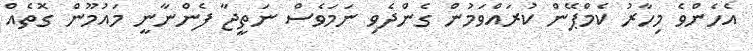
އެހެންވެ މިހާރު ކެމްޕޭން ކުރައްވަމުން ގެންދެވި ނަމަވެސް ނަތީޖާ ފެންނާނީ މައުމޫން ގޮތެއް